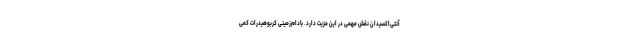
آنتی‌اکسیدان نقش مهمی در این مزیت دارد. بادام‌زمینی کربوهیدرات کمی